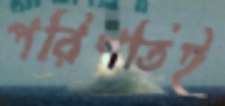
পরিণতিই